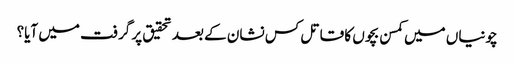
چونیاں میں کمسن بچوں کا قاتل کس نشان کے بعد تحقیق پر گرفت میں آیا؟